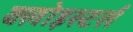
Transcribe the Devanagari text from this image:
क्लोइस्टर्स